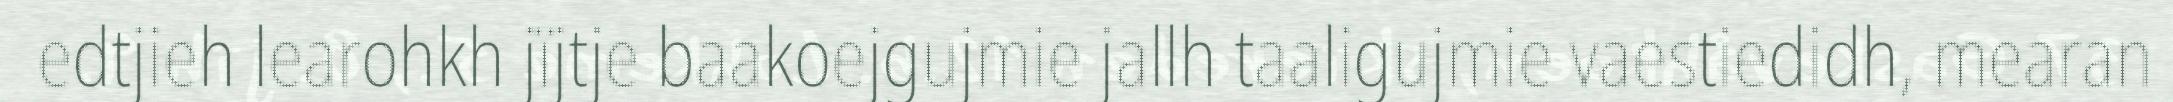
edtjieh learohkh jïjtje baakoejgujmie jallh taaligujmie vaestiedidh, mearan